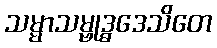
သမ္မာသမ္ဗုဒ္ဓဒေသိတေ